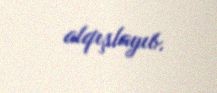
alqışlayıb.